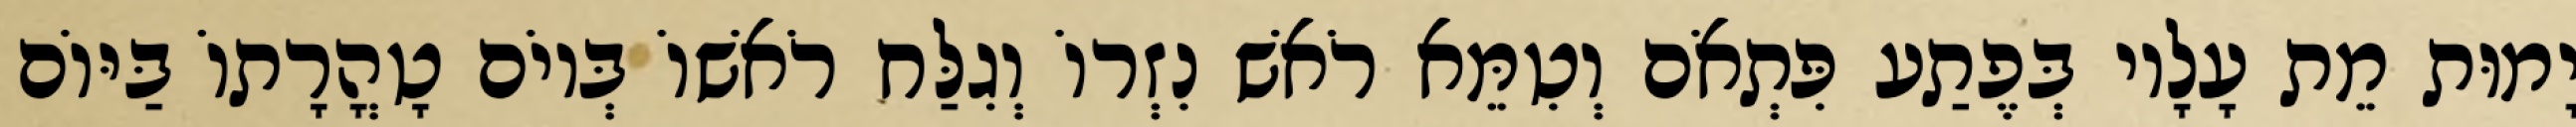
יָמוּת מֵת עָלָיו בְּפֶתַע פִּתְאֹם וְטִמֵּא רֹאשׁ נִזְרוֹ וְגִלַּח רֹאשׁוֹ בְּיוֹם טָהֳרָתוֹ בַּיּוֹם